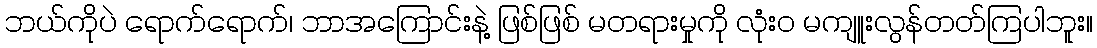
ဘယ်ကိုပဲ ရောက်ရောက်၊ ဘာအကြောင်းနဲ့ ဖြစ်ဖြစ် မတရားမှုကို လုံး၀ မကျူးလွန်တတ်ကြပါဘူး။